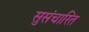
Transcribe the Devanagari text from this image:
सुसंचारित